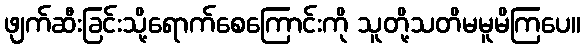
ဖျက်ဆီးခြင်းသို့ရောက်စေကြောင်းကို သူတို့သတိမမူမိကြပေ။